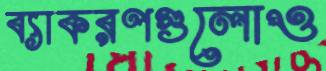
ব্যাকরণগুলোও